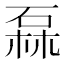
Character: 𱴌